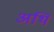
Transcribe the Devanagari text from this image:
अर्थि